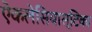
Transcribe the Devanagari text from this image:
ऐकलेसियास्टिका